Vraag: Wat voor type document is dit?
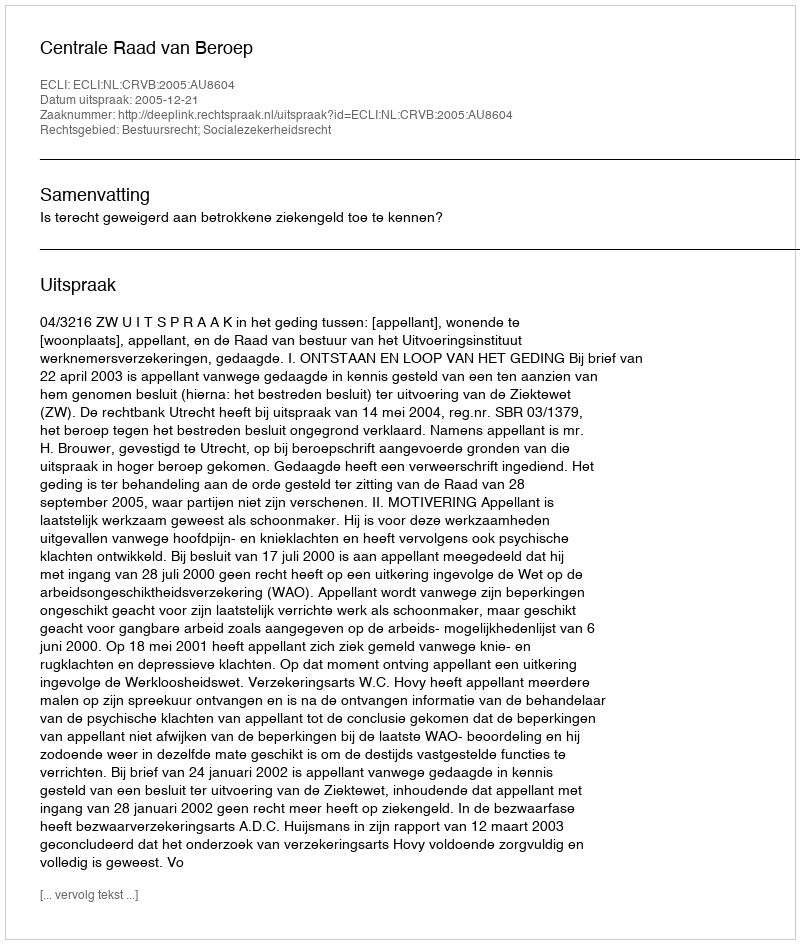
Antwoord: Uitspraak